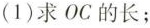
(1)求OC的长；